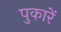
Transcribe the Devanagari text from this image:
पुकारें